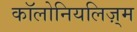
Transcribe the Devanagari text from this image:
कॉलोनियलिज़्म